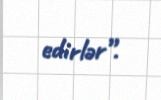
edirlər”.